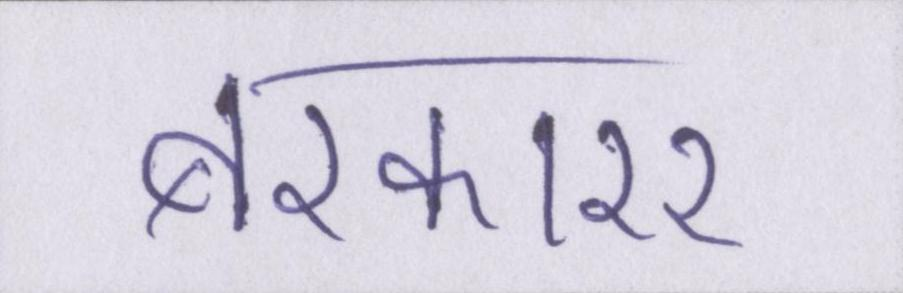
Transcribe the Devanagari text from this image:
बरकारर